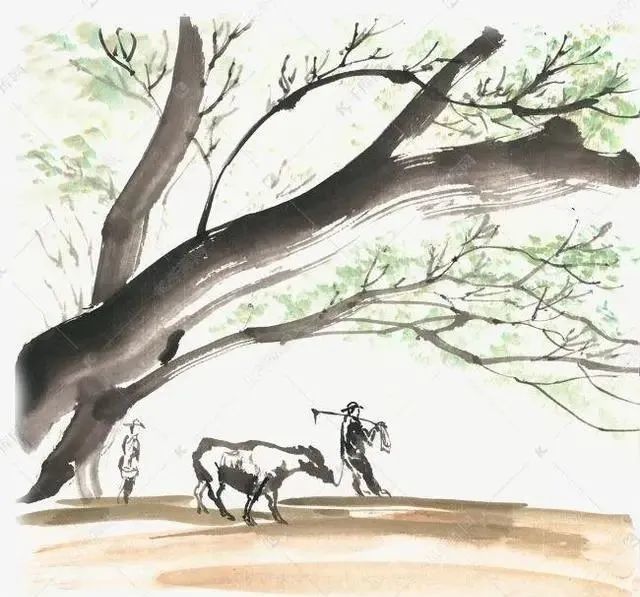
桑野就耕父，荷锄随牧童。